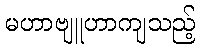
မဟာဗျူဟာကျသည့်